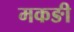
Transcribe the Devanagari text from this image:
मकङी